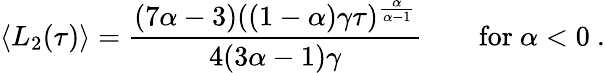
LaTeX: \langle L_{2}(\tau)\rangle=\frac{(7\alpha-3)((1-\alpha)\gamma\tau)^{\frac{\alpha}{\alpha-1}}}{4(3\alpha-1)\gamma}\qquad\mathrm{for}\ \alpha<0\ .